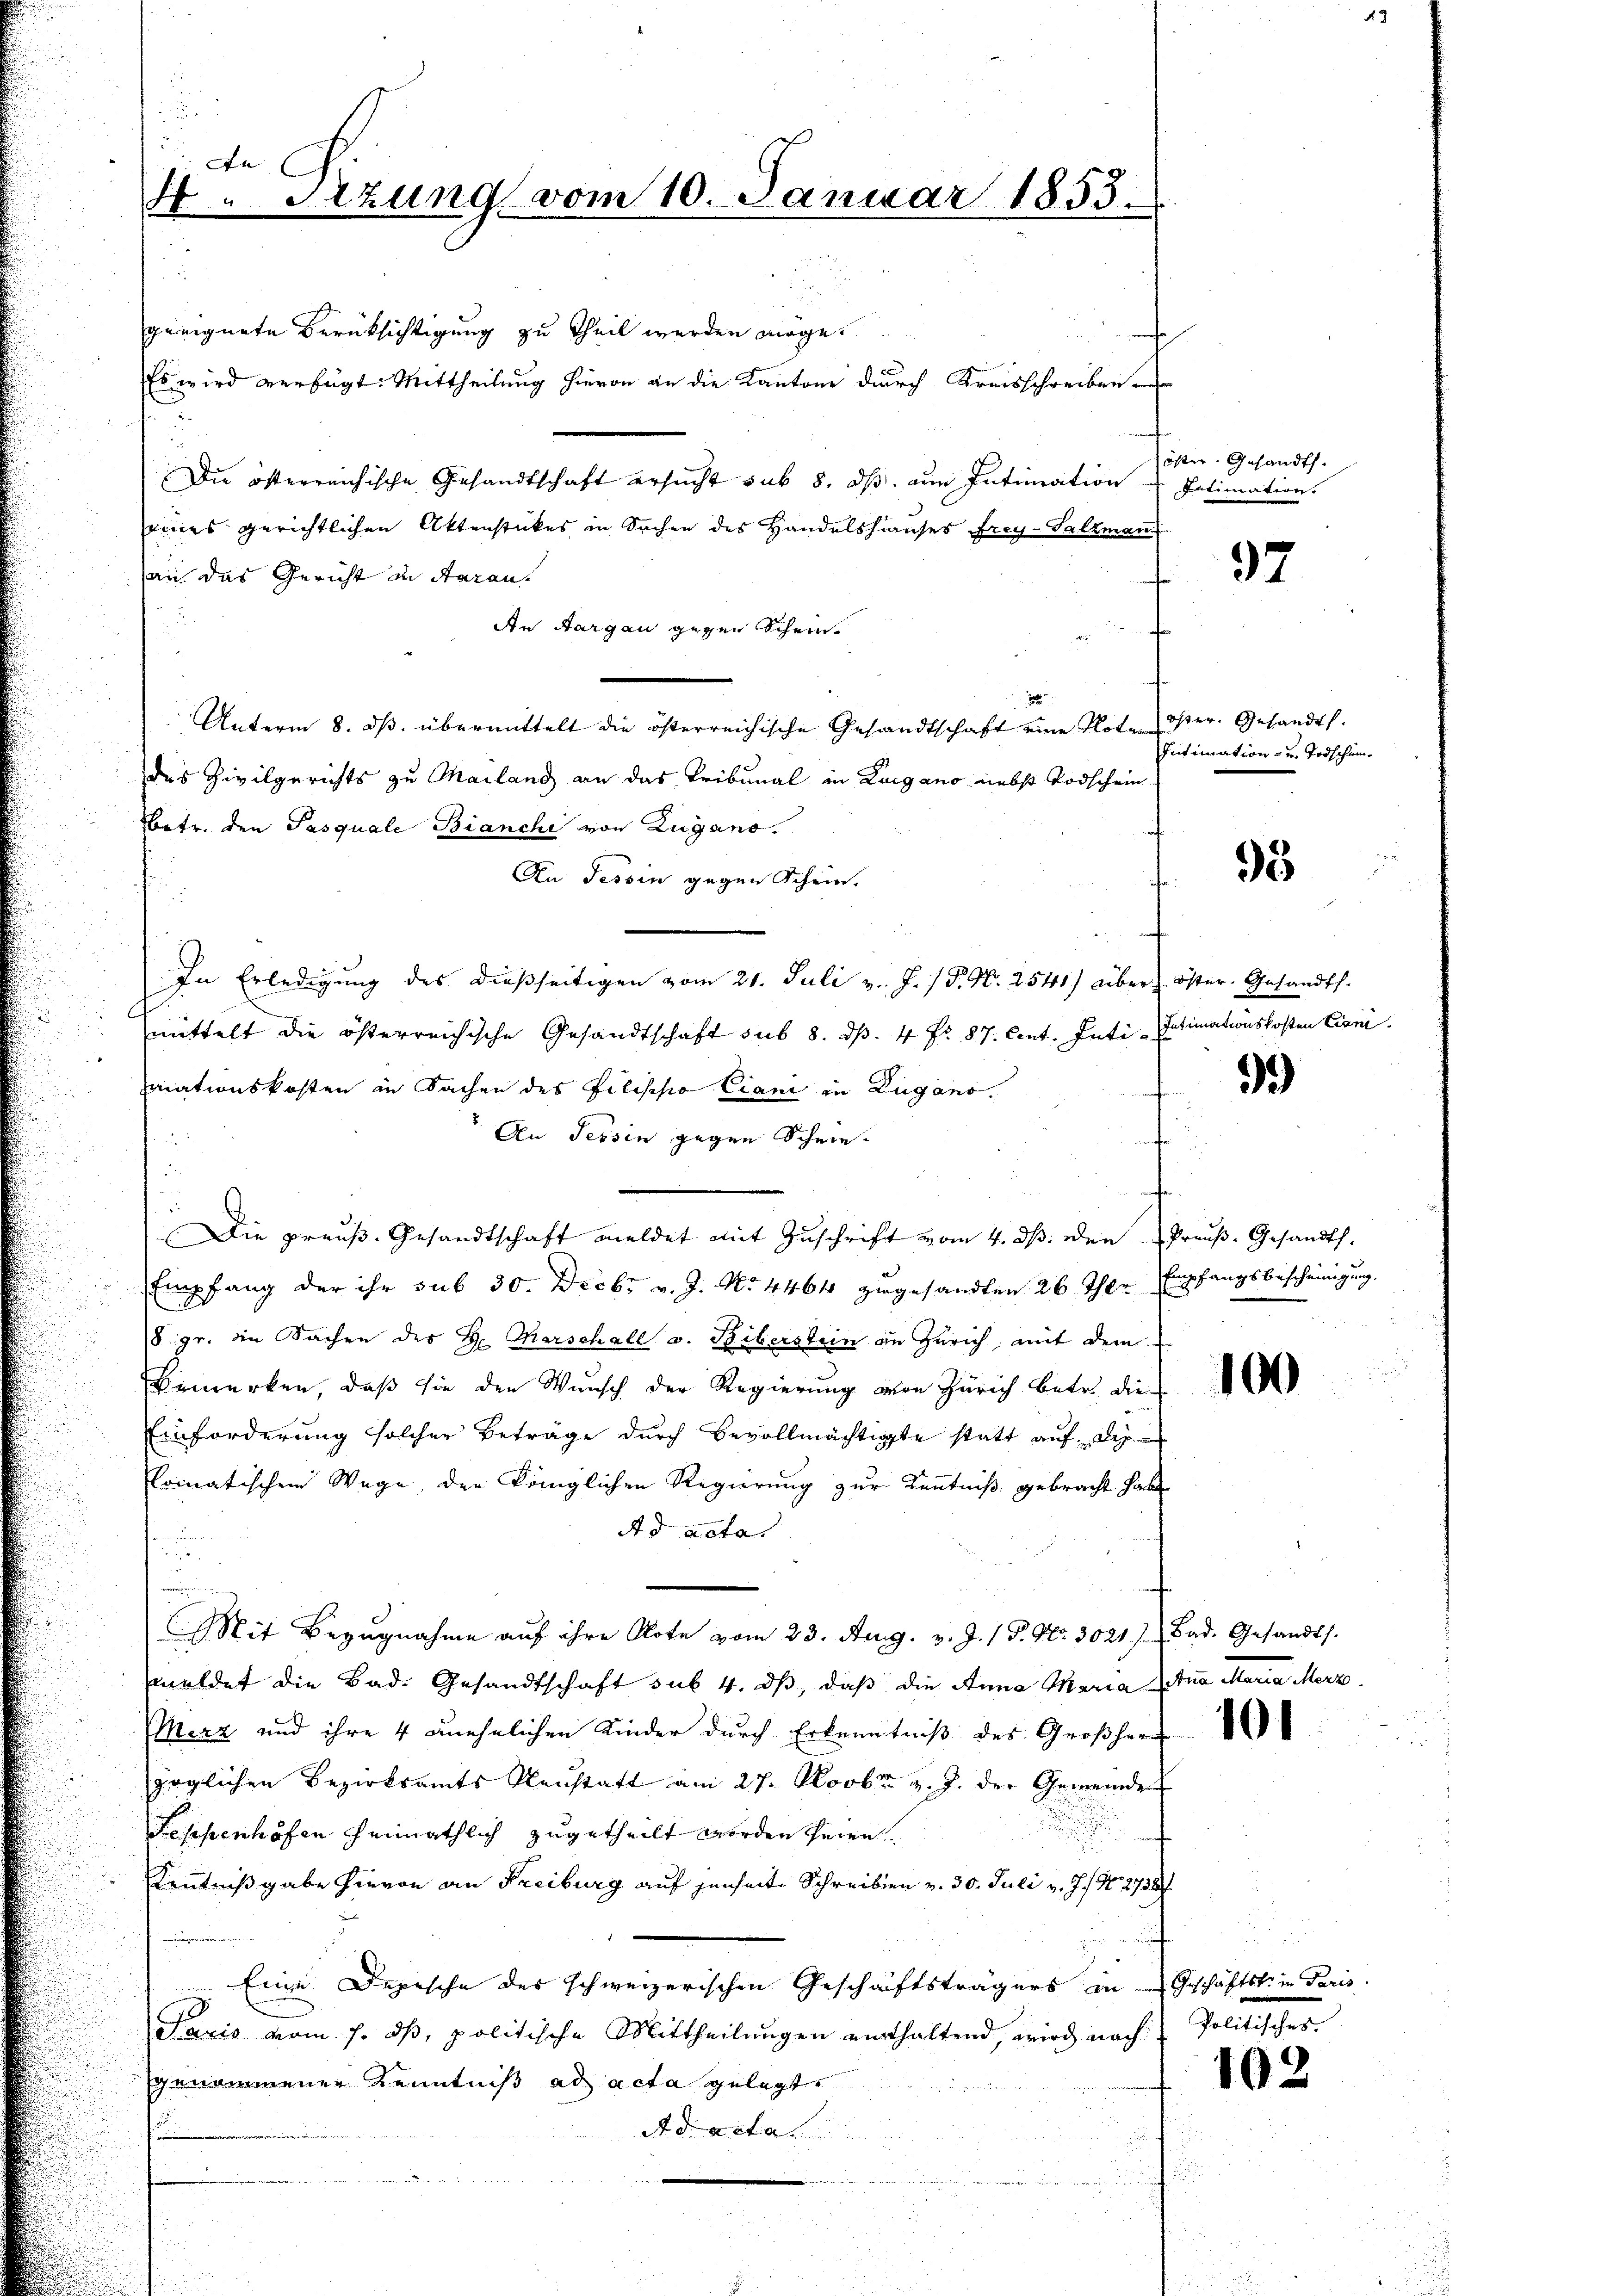
An
4. Sizung vom 10. Januar 1853.

geeignete Berüksichtigung zu Theil werden möge.
Es wird verfügt: Mittheilung hievon an die Kantone durch Kreisschreiben
Die österreichische Gesandtschaft ersucht sub 8. ds. ein Intimation
eines gerichtlichen Aktenstückes in Sachen des Handelshauses Frey-Salzman
an das Gericht in Aarau
An Aargau gegen Schein
1
Unterm 8. ds. übermittelt die österreichische Gesandtschaft eine Note ister. Gesandt.
das Zivilgerichts zu Mailand an das Tribunal in Lugano nebst Todschein
betr. den Pasquale Bianchi von Zugano.
An Tessin gegen Schein.
t
In Erledigung des dießseitigen vom 21. Juli v. J. / P. Nr. 2541) über Öster. Gesandts.
mittelt die österreichische Gesandtschaft sub 8. ds. 4 fr. 87. Cent. Inti Intimationskosten Einri
aiationskosten in Sachen des Filischo Ciani in Zugano.
An Tessin gegen Schwieau

s
Die preuß. Gesandtschaft meldet mit Zuschrift vom 4. ds. den Preuß. Gesandth.
Empfang der ihr sub 30. Decbr v. J. No. 4464 zugesandten 26 Ther Empfangsbescheinigung,
8. pr. ein Sachen des H. Marschall v. Biberstein an Zürich, mit dem
Bemerken, daß sie den Wunsch der Regierung von Zürich betr. die
Einforderung solcher Beträge durch Bevollmächtigte statt auf de
Ermatischem Wege, der Königlichen Regierung zur Kenntniß gebracht habe
Ad acta
s
r
Mit Bezugnahme aŭf ihre Note vom 23. Aug. v. J. 1 P. Nr. 3021). Bad. Gesandts.
meldet die Bad. Gesandtschaft sub. 4. dβ, daß die Anna Maria Lina Maria Merz
Merz und ihre 4 unehelichen Kinder durch Erkenntniß des Großherr
zöglichen Bezirksamts Neustatt am 27. Novbr. v. J. der Gemeindet
Fesopenhöfen heimathlich zugetheilt worden seien.
Kenntnißgabe hievon an Freiburg auf jenseit Schreiben v. 30. Juli v. Js. No. 273
Eine Depesche des schweizerischen Geschäftsträgers in Geschäftski in Paris
6
aris vom 7. ds, politische Mittheilungen enthaltend, wird nach
genommener Kenntniß ad acta gelegt.
Adacta
f

öster. Gesandt.
Intimation.

97

Intimation - u. Todschun¬

95

9.)

100

¬

Paulicher

102